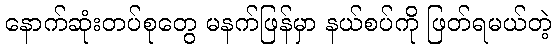
နောက်ဆုံးတပ်စုတွေ မနက်ဖြန်မှာ နယ်စပ်ကို ဖြတ်ရမယ်တဲ့